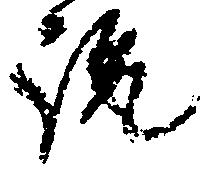
説